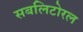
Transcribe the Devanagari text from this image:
सबलिटोरल